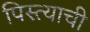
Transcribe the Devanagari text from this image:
पिस्त्याची